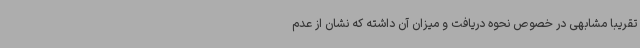
تقریبا مشابهی در خصوص نحوه دریافت و میزان آن داشته که نشان از عدم